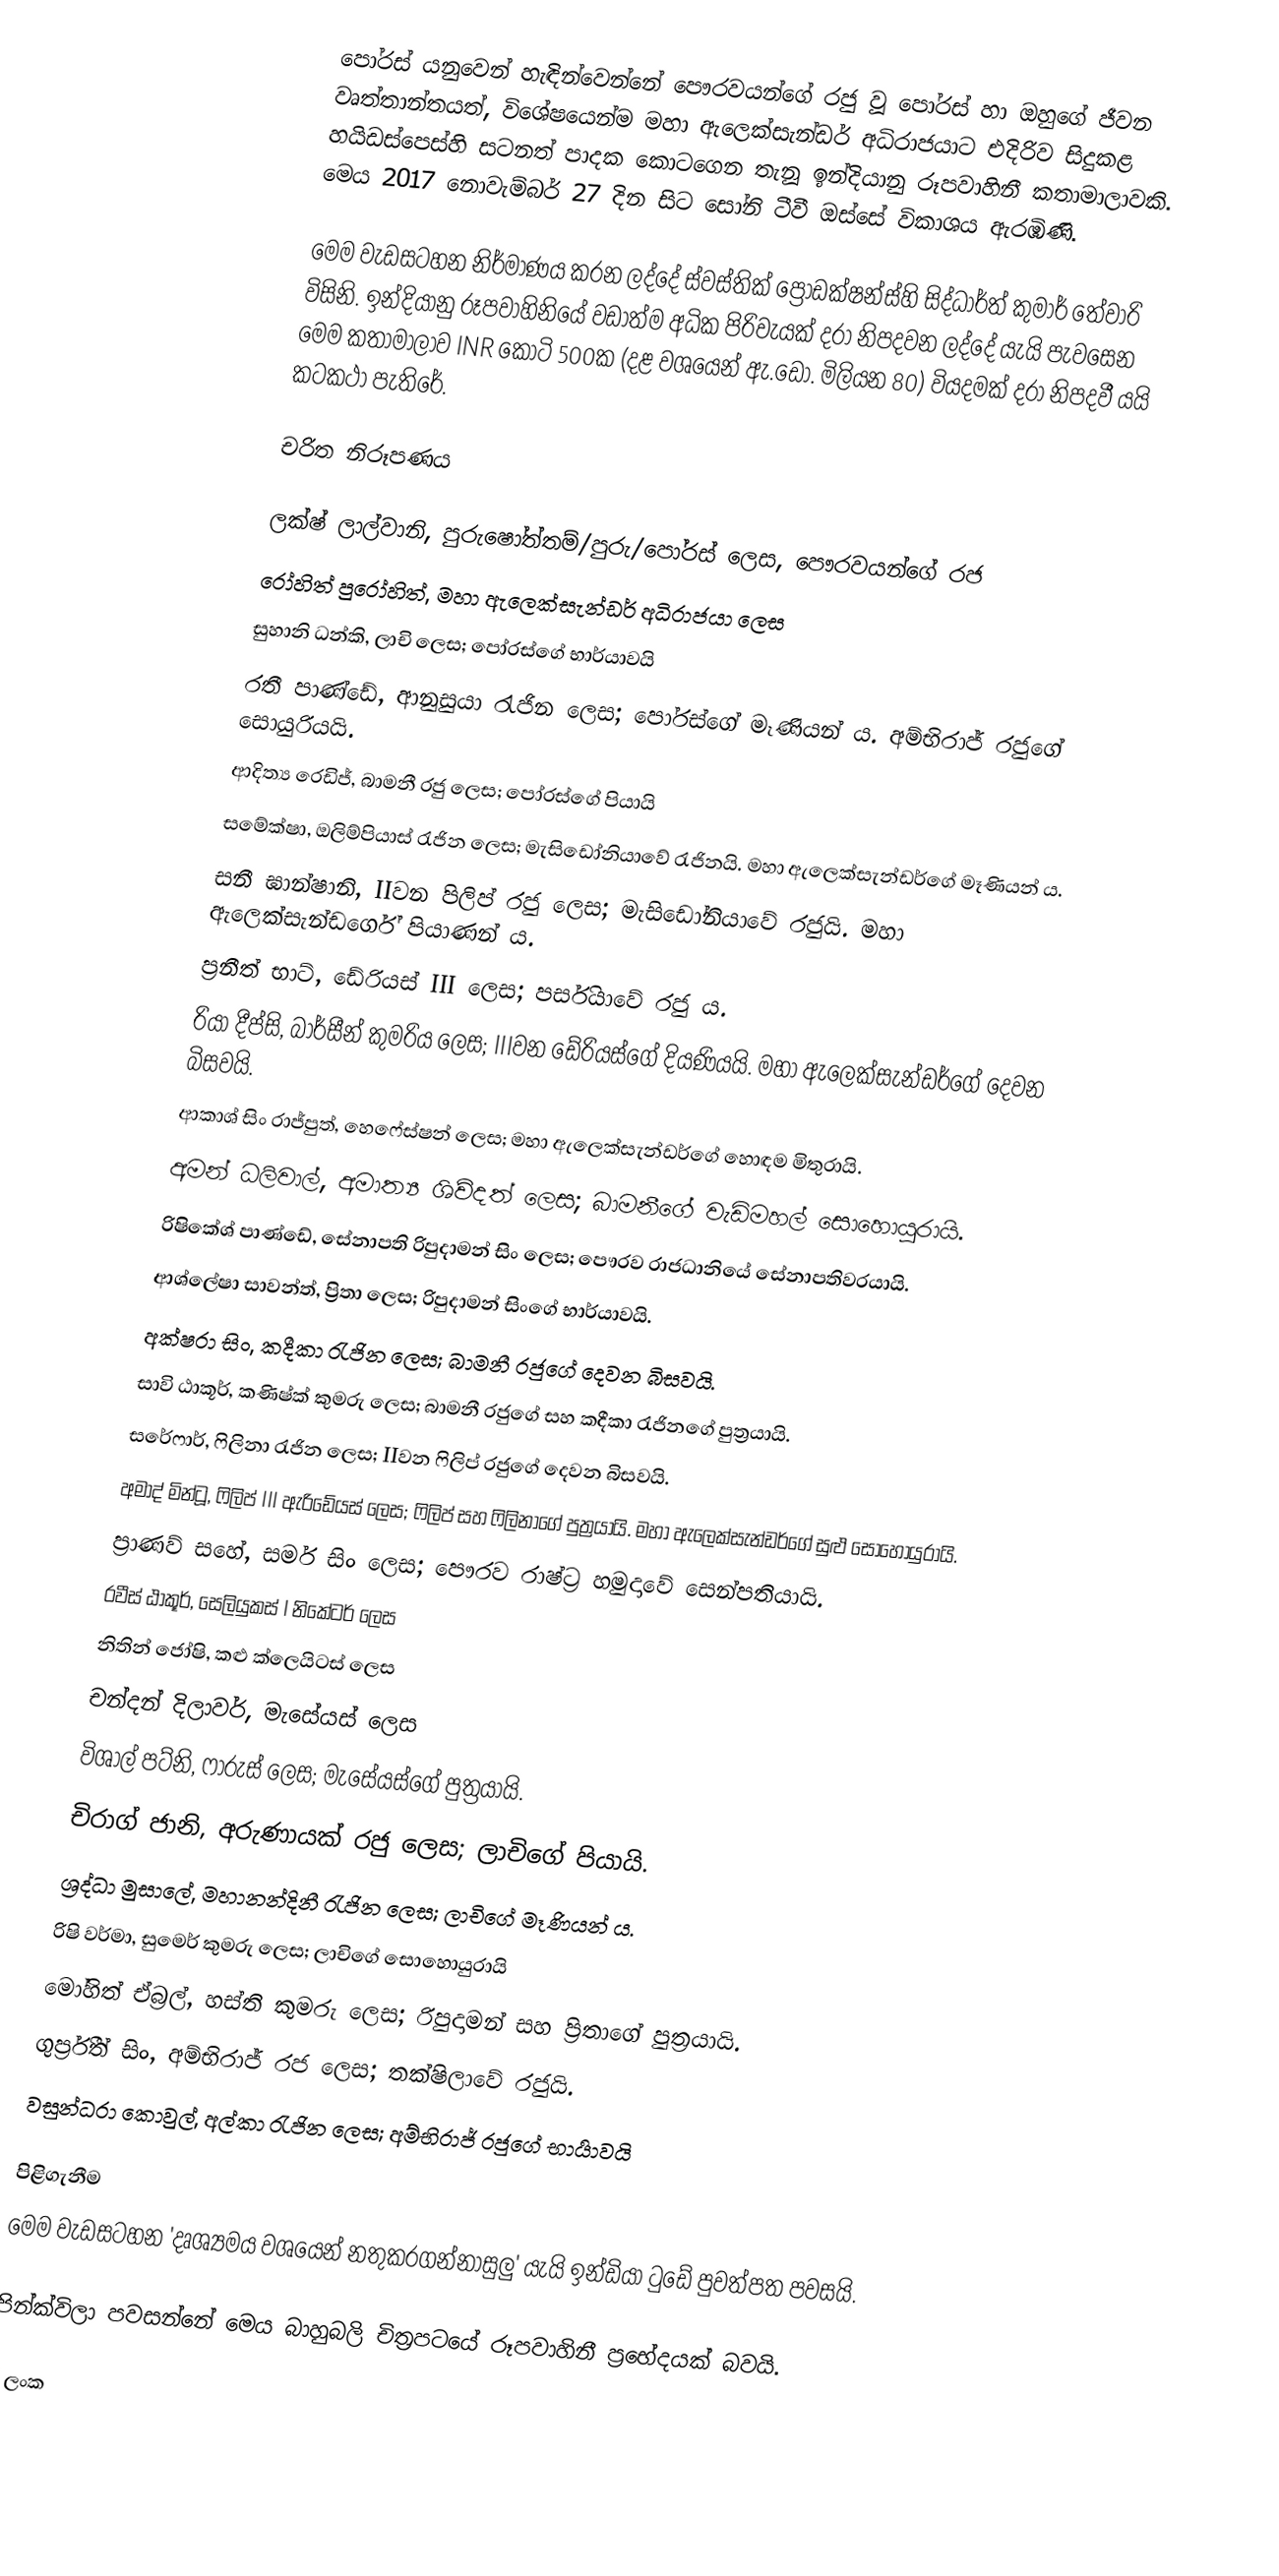
පෝරස් ‍යනුවෙන් හැඳින්වෙන්නේ පෞරවයන්ගේ රජු වූ පෝරස් හා ඔහුගේ ජීවන වෘත්තාන්තයත්, විශේෂයෙන්ම මහා ඇලෙක්සැන්ඩර් අධිරාජයාට එදිරිව සිදුකළ හයිඩස්පෙස්හි සටනත් පාදක කොටගෙන තැනූ ඉන්දියානු රූපවාහිනී කතාමාලාවකි. මෙය 2017 නොවැම්බර් 27 දින සිට සෝනි ටීවී ඔස්සේ විකාශය ඇරඹිණි.

මෙම වැඩසටහන නිර්මාණය කරන ලද්දේ ස්වස්තික් ප්‍රොඩක්ෂන්ස්හි සිද්ධාර්ත් කුමාර් තේවාරි විසිනි. ඉන්දියානු රූපවාහිනියේ වඩාත්ම අධික පිරිවැයක් දරා නිපදවන ලද්දේ යැයි පැවසෙන මෙම කතාමාලාව INR කෝටි 500ක (දළ වශයෙන් ඇ.ඩො. මිලියන 80) වියදමක් දරා නිපදවී යයි කටකථා පැතිරේ.

චරිත නිරූපණය

 ලක්ෂ් ලාල්වානි, පුරුෂෝත්තම්/පුරු/පෝරස් ලෙස, පෞරවයන්ගේ රජ
 රෝහිත් පුරෝහිත්, මහා ඇලෙක්සැන්ඩර් අධිරාජයා ලෙස
 සුහානි ධන්කි, ලාචි ලෙස; පෝරස්ගේ භාර්යාවයි
 රතී පාණ්ඩේ, ආනුසුයා රැජින ලෙස; පෝරස්ගේ මෑණියන් ය. අම්භිරාජ් රජුගේ සොයුරියයි.
 ආදිත්‍ය රෙඩිජ්, බාමනී රජු ලෙස; පෝරස්ගේ පියායි
 සමේක්ෂා, ඔලිම්පියාස් රැජින ලෙස; මැසිඩෝනියාවේ රැජිනයි. මහා ඇලෙක්සැන්ඩර්ගේ මෑණියන් ය.
 සනී ඝාන්ෂානි, IIවන පිලිප් රජු ලෙස; මැසිඩෝනියාවේ රජුයි. මහා ඇලෙක්සැන්ඩර්ගේ පියාණන් ය.
 ප්‍රනීත් භාට්, ඩේරියස් III ලෙස; පර්සියාවේ රජු ය.
රියා දීප්සි, බාර්සීන් කුමරිය ලෙස; IIIවන ඩේරියස්ගේ දියණියයි. මහා ඇලෙක්සැන්ඩර්ගේ දෙවන බිසවයි.
ආකාශ් සිං රාජ්පුත්, හෙෆේස්ෂන් ලෙස; මහා ඇලෙක්සැන්ඩර්ගේ හොඳම මිතුරායි.
 අමන් ධලිවාල්, අමාත්‍ය ශිව්දත් ලෙස; බාමනීගේ වැඩිමහල් සොහොයුරායි.
 රිෂිකේශ් පාණ්ඩේ, සේනාපති රිපුදාමන් සිං ලෙස; පෞරව රාජධානියේ සේනාපතිවරයායි.
 ආශ්ලේෂා සාවන්ත්, ප්‍රිතා ලෙස; රිපුදාමන් සිංගේ භාර්යාවයි.
 අක්ෂරා සිං, කදීකා රැජින ලෙස; බාමනී රජුගේ දෙවන බිසවයි.
 සාවි ඨාකූර්, කණිෂ්ක් කුමරු ලෙස; බාමනී රජුගේ සහ කදීකා රැජිනගේ පුත්‍රයායි.
 සරේෆාර්, ෆිලිනා රැජින ලෙස; IIවන ෆිලිප් රජුගේ දෙවන බිසවයි.
 අමාද් මින්ටූ, ෆිලිප් III ඇරිඩේයස් ලෙස; ෆිලිප් සහ ෆිලිනාගේ පුත්‍රයායි. මහා ඇලෙක්සැන්ඩර්ගේ සුළු සොහොයුරායි.
 ප්‍රාණව් සහේ, සමර් සිං ලෙස; පෞරව රාෂ්ට්‍ර හමුදාවේ සෙන්පතියායි.
 රවීස් ඨාකූර්, සෙලියුකස් I නිකේටර් ලෙස
 නිතින් ජෝෂි, කළු ක්ලෙයිටස් ලෙස
 චන්දන් දිලාවර්, මැසේයස් ලෙස
 විශාල් පට්නි, ෆාරුස් ලෙස; මැසේයස්ගේ පුත්‍රයායි.
 චිරාග් ජානි, අරුණායක් රජු ලෙස; ලාචිගේ පියායි.
 ශ්‍රද්ධා මුසාලේ, මහානන්දිනී රැජින ලෙස; ලාචිගේ මෑණියන් ය.
 රිෂි වර්මා, සුමෙර් කුමරු ලෙස; ලාචිගේ සොහොයුරායි
 මෝහිත් ඒබ්‍රල්, හස්ති කුමරු ලෙස; රිපුදාමන් සහ ප්‍රිතාගේ පුත්‍රයායි.
 ගුර්ප්‍රීත් සිං, අම්භිරාජ් රජ ලෙස; තක්ෂිලාවේ රජුයි.
 වසුන්ධරා කොවුල්, අල්කා රැජින ලෙස; අම්භිරාජ් රජුගේ භාර්‍යාවයි

පිළිගැනීම
මෙම වැඩසටහන 'දෘශ්‍යමය වශයෙන් නතුකරගන්නාසුලු' යැයි ඉන්ඩියා ටුඩේ පුවත්පත පවසයි.

පින්ක්විලා පවසන්නේ මෙය බාහුබලි චිත්‍රපටයේ රූපවාහිනී ප්‍රභේදයක් බවයි.

ශ්‍රී ලංක